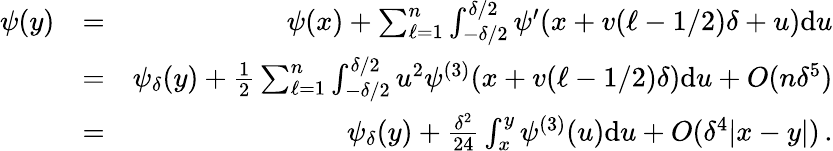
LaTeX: \begin{array}{rlr}{\psi(y)}&{=}&{\psi(x)+\sum_{\ell=1}^{n}\int_{-\delta/2}^{\delta/2}\psi^{\prime}(x+v(\ell-1/2)\delta+u)\mathrm{d}u}\\ &{=}&{\psi_{\delta}(y)+\frac 12\sum_{\ell=1}^{n}\int_{-\delta/2}^{\delta/2}u^{2}\psi^{(3)}(x+v(\ell-1/2)\delta)\mathrm{d}u+O(n\delta^{5})}\\ &{=}&{\psi_{\delta}(y)+\frac{\delta^{2}}{24}\int_{x}^{y}\psi^{(3)}(u)\mathrm{d}u+O(\delta^{4}|x-y|)\, .}\end{array}